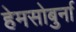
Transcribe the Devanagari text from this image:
हेमसोबुर्ना